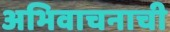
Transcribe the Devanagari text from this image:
अभिवाचनाची